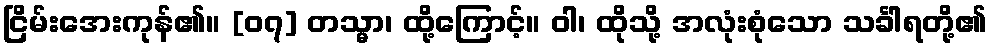
ငြိမ်းအေးကုန်၏။ [၀၇] တသ္မာ၊ ထို့ကြောင့်။ ဝါ၊ ထိုသို့ အလုံးစုံသော သင်္ခါရတို့၏